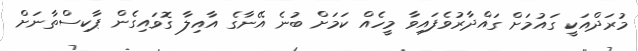
މުރަދްއަކީ ގައުމަށް ގައްދާރުވެފައިވާ މީހެއް ކަމަށް ބުނެ އޭނާގެ އާއިލާ ގޮވައިގެން ޕާކިސްތާނަށް